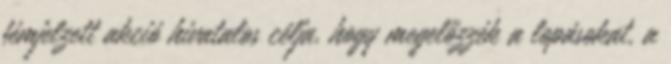
fémjelzett akció hivatalos célja, hogy megelőzzék a lopásokat, a